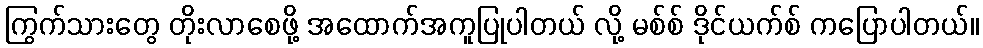
ကြွက်သားတွေ တိုးလာစေဖို့ အထောက်အကူပြုပါတယ် လို့ မစ်စ် ဒိုင်ယက်စ် ကပြောပါတယ်။